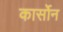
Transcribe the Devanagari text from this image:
कार्सोन